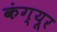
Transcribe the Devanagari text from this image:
कंग्‍यूर